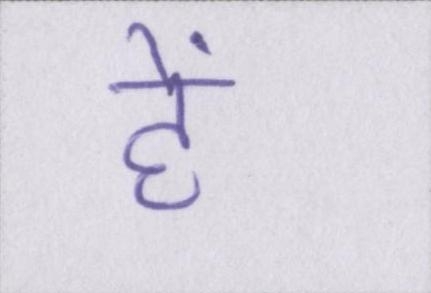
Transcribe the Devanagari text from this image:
हें।